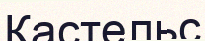
Кастельс